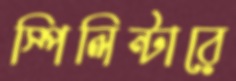
স্পিলিন্টারে